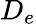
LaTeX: D_{e}